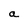
Character: a